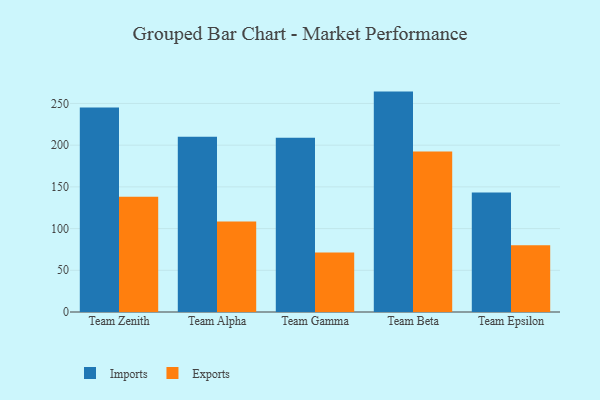
{"axis": {"x": "Team", "y": "Page Views"}, "legend": ["Exports", "Imports"], "data": [{"x": "Team Zenith", "y": 245.2, "type": "Imports"}, {"x": "Team Zenith", "y": 138.2, "type": "Exports"}, {"x": "Team Alpha", "y": 210.0, "type": "Imports"}, {"x": "Team Alpha", "y": 108.5, "type": "Exports"}, {"x": "Team Gamma", "y": 209.0, "type": "Imports"}, {"x": "Team Gamma", "y": 71.4, "type": "Exports"}, {"x": "Team Beta", "y": 264.2, "type": "Imports"}, {"x": "Team Beta", "y": 192.4, "type": "Exports"}, {"x": "Team Epsilon", "y": 143.2, "type": "Imports"}, {"x": "Team Epsilon", "y": 80.0, "type": "Exports"}]}